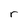
Character: r